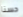
حسنا